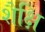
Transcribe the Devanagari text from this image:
शैक्षि